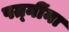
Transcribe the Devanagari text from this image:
पत्‍नींना